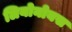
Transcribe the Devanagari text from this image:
लियोनोयस